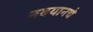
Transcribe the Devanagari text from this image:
नवयानचे